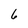
Character: 6